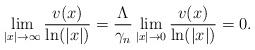
\begin{align*}\lim_{|x|\rightarrow\infty}\frac{v(x)}{\ln(|x|)}=\frac{\Lambda}{\gamma_n} \lim_{|x|\rightarrow 0}\frac{v(x)}{\ln(|x|)}=0.\end{align*}